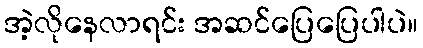
အဲ့လိုနေလာရင်း အဆင်ပြေပြေပါပဲ။